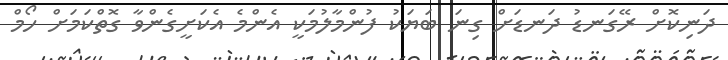
ދަނިކޮށް ރޭގަނޑު ދަނޑަށް ގިނަ ބަޔަކު ފުންމާލުމަކީ އެންމެ އެކަށީގެންވާ ގޮތްކަމަށް ހޯމް